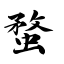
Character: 蝥